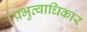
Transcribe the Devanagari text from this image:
प्रभुत्वाधिकार